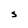
Character: S